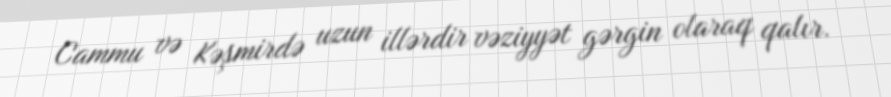
Cammu və Kəşmirdə uzun illərdir vəziyyət gərgin olaraq qalır.